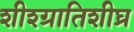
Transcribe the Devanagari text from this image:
शीश्ग्रातिशीघ्र